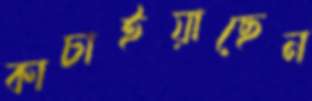
কাচাইয়াছেন